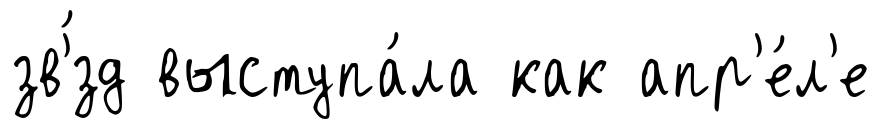
зв'́зд выступа́ла как апр'е́л'е